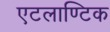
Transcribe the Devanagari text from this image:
एटलाण्टिक